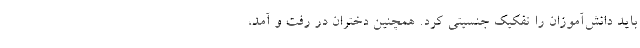
باید دانش‌آموزان را تفکیک جنسیتی کرد. همچنین دختران در رفت و آمد،